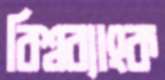
বিশ্বব্যাংক